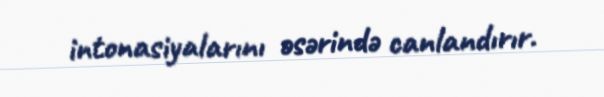
intonasiyalarını əsərində canlandırır.